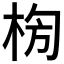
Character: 𣑈